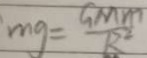
m g = \frac { G M m } { R ^ { 2 } }